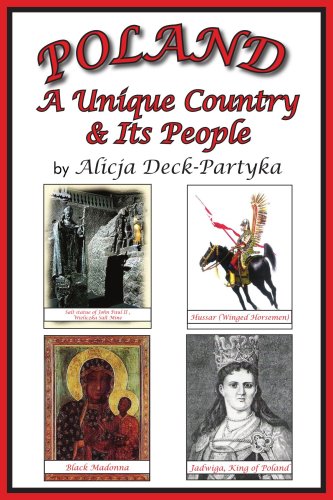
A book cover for Poland: A Unique Country & Its People; Alicja Deck-Partyka; Travel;